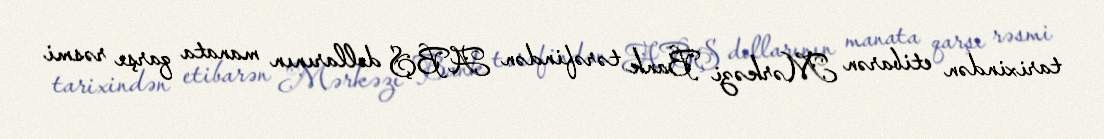
tarixindən etibarən Mərkəzi Bank tərəfindən ABŞ dollarının manata qarşı rəsmi